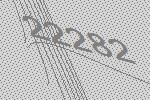
22282